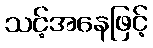
သင့်အနေဖြင့်